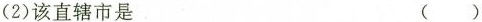
(2)该直辖市是 ()